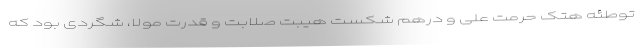
توطئه هتک حرمت علی و درهم شکست هیبت صلابت و قدرت مولا، شگردی بود که